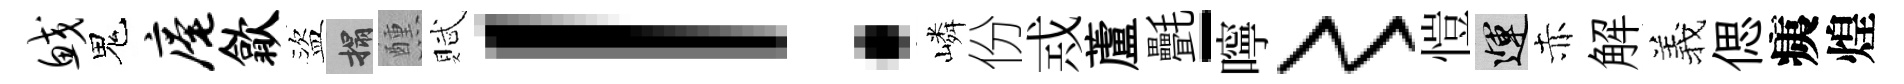
鲛鬼庵歙盜搨醺賦！嶙份𢦶蘆㲲-嚀〻愷運赤解羲偲痍煌